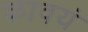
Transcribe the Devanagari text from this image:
कावयं